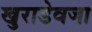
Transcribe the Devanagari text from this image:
खुराडेवजा